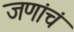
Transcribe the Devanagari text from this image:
जणांचं